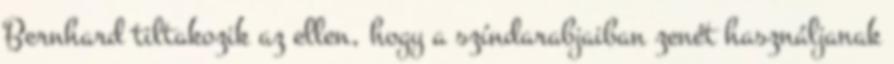
Bernhard tiltakozik az ellen, hogy a színdarabjaiban zenét használjanak